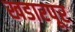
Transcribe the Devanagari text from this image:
खडारपूर